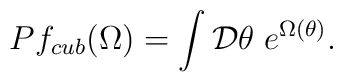
Pf_{cub}(\Omega)=\int {\cal D}\theta\; e^{\Omega(\theta)}.